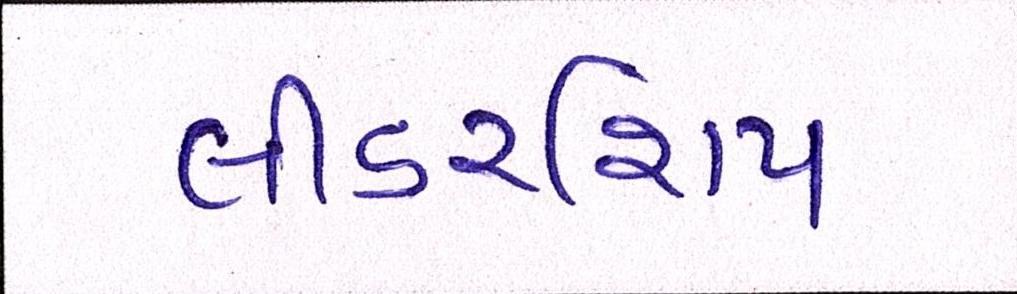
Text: લીડરશિપ